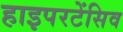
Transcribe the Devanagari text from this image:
हाइपरटेंसिव